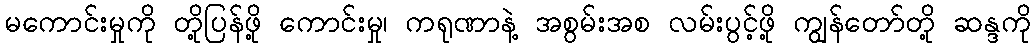
မကောင်းမှုကို တို့ပြန်ဖို့ ကောင်းမှု၊ ကရုဏာနဲ့ အစွမ်းအစ လမ်းပွင့်ဖို့ ကျွန်တော်တို့ ဆန္ဒကို